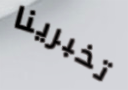
تخبرينا